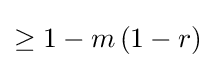
\geq 1-m\left(1-r\right)